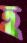
হ